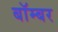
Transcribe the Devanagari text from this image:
बाॅम्बर